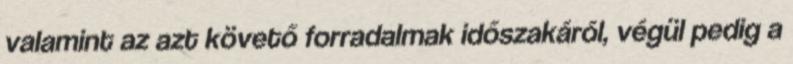
valamint az azt követő forradalmak időszakáról, végül pedig a